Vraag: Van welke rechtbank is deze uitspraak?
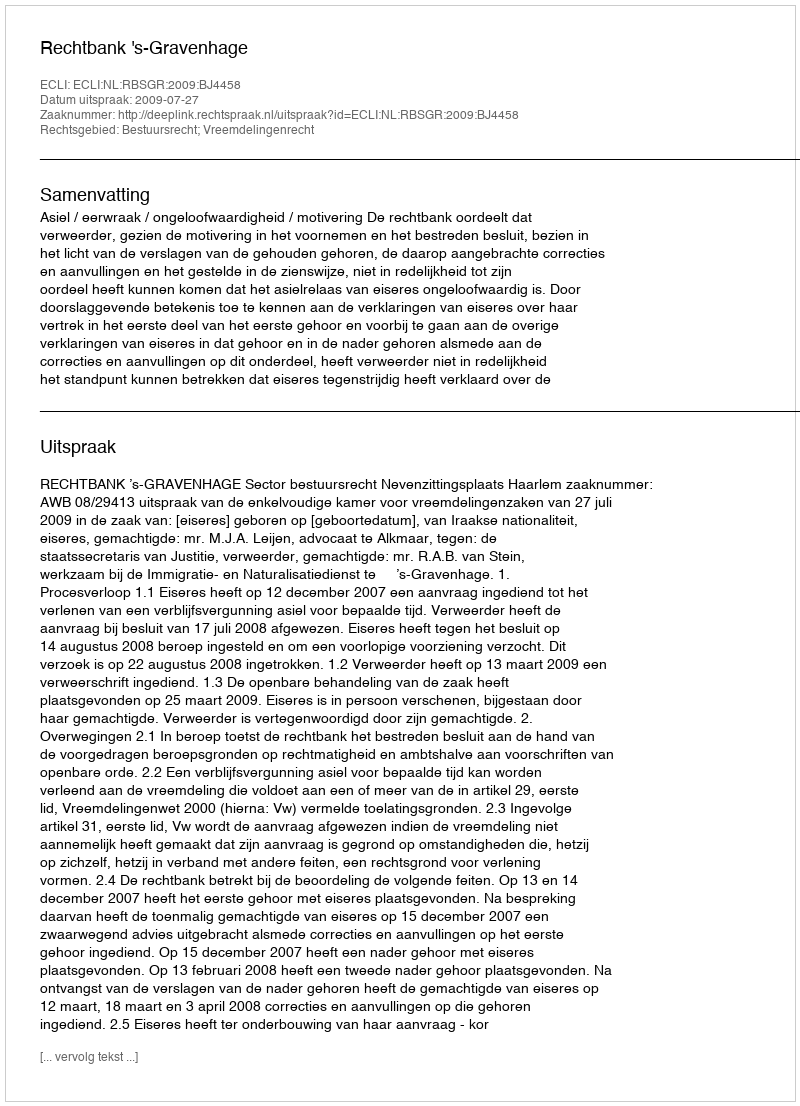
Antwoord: Rechtbank 's-Gravenhage